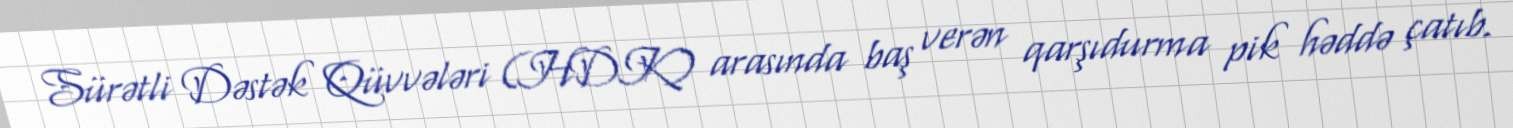
Sürətli Dəstək Qüvvələri (HDK) arasında baş verən qarşıdurma pik həddə çatıb.